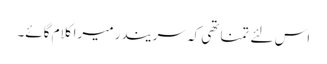
اس لئے تمناتھی کہ سریندر میرا کلام گائے۔